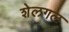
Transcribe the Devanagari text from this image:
शेलगल